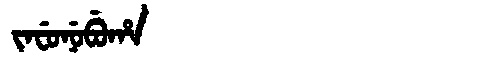
Manchu: ᠵᠠᠸᡠᠨᡠᠪᡠᡥᠠ
Romanization: JAFUNUBUHA